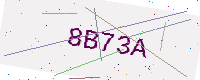
Text: 8B73A